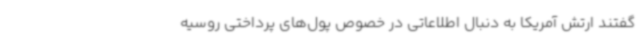
گفتند ارتش آمریکا به دنبال اطلاعاتی در خصوص پول‌های پرداختی روسیه